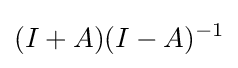
(I+A)(I-A)^{-1}